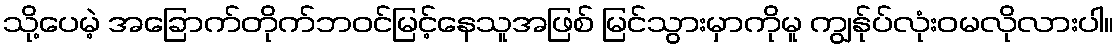
သို့ပေမဲ့ အခြောက်တိုက်ဘဝင်မြင့်နေသူအဖြစ် မြင်သွားမှာကိုမူ ကျွန်ုပ်လုံးဝမလိုလားပါ။